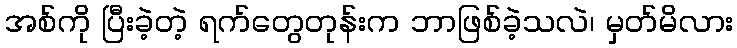
အစ်ကို ပြီးခဲ့တဲ့ ရက်တွေတုန်းက ဘာဖြစ်ခဲ့သလဲ၊ မှတ်မိလား